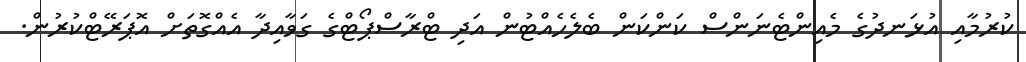
ކުރުމާއި އުޅަނދުގެ މެއިންޓެނަންސް ކަންކަން ބެލެހެއްޓުން އަދި ޓްރާސްޕޯޓްގެ ގަވާއިދާ އެއްގޮތަށް އޮޕަރޭޓްކުރުން.